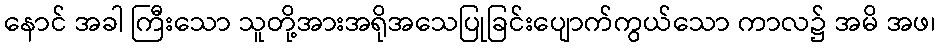
နောင် အခါ ကြီးသော သူတို့အားအရိုအသေပြုခြင်းပျောက်ကွယ်သော ကာလ၌ အမိ အဖ၊